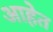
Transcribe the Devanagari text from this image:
आहेेत